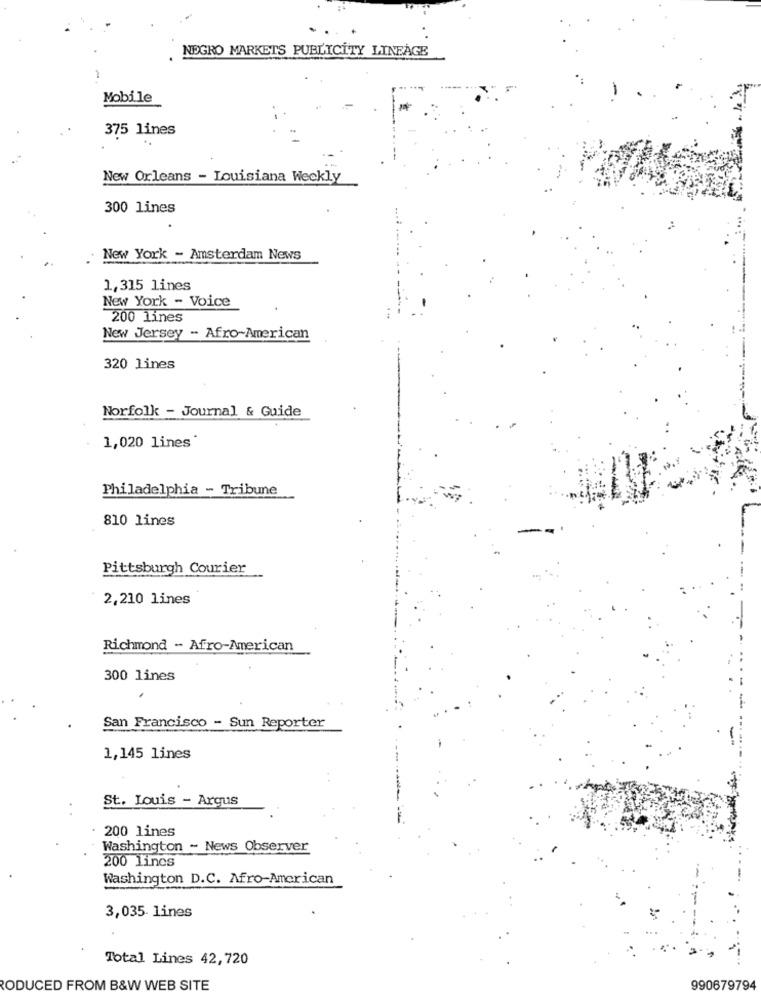
NEGRO MARKETS PUBLICITY LINEAGE
Mobile
375 lines
New Orleans - Louisiana Weekly
300 lines
New York - Amsterdam News
1,315 lines
New York - Voice
200 Lines
New Jersey - Afro-American
320 lines
Norfolk - Journal & Guide
1,020 lines*
Philadelphia - Tribune
810 lines
Pittsburgh Courier
2,210 lines
Richmond - Afro-American
300 lines
San Francisco - Sun Reporter
1,145 lines
St. Louis - Argus
200 lines
Washington - News Observer
200 lines
Washington D.C. Afro-American
----
3,035 lines
Total Lines 42, 720
RODUCED FROM B&W WEB SITE
990679794